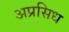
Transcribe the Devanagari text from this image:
अप्रसिध